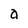
Character: a